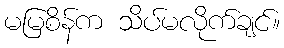
မမြစိန်က သိပ်မလိုက်ချင်။